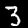
Label: 3